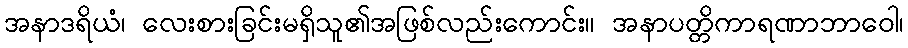
အနာဒရိယံ၊ လေးစားခြင်းမရှိသူ၏အဖြစ်လည်းကောင်း။ အနာပတ္တိကာရဏာဘာဝေါ၊